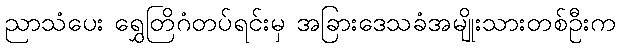
ညာသံပေး ရွှေတြိဂံတပ်ရင်းမှ အခြားဒေသခံအမျိုးသားတစ်ဦးက